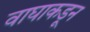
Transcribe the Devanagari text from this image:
वाघाकडून